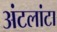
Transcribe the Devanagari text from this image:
अंटलांटा